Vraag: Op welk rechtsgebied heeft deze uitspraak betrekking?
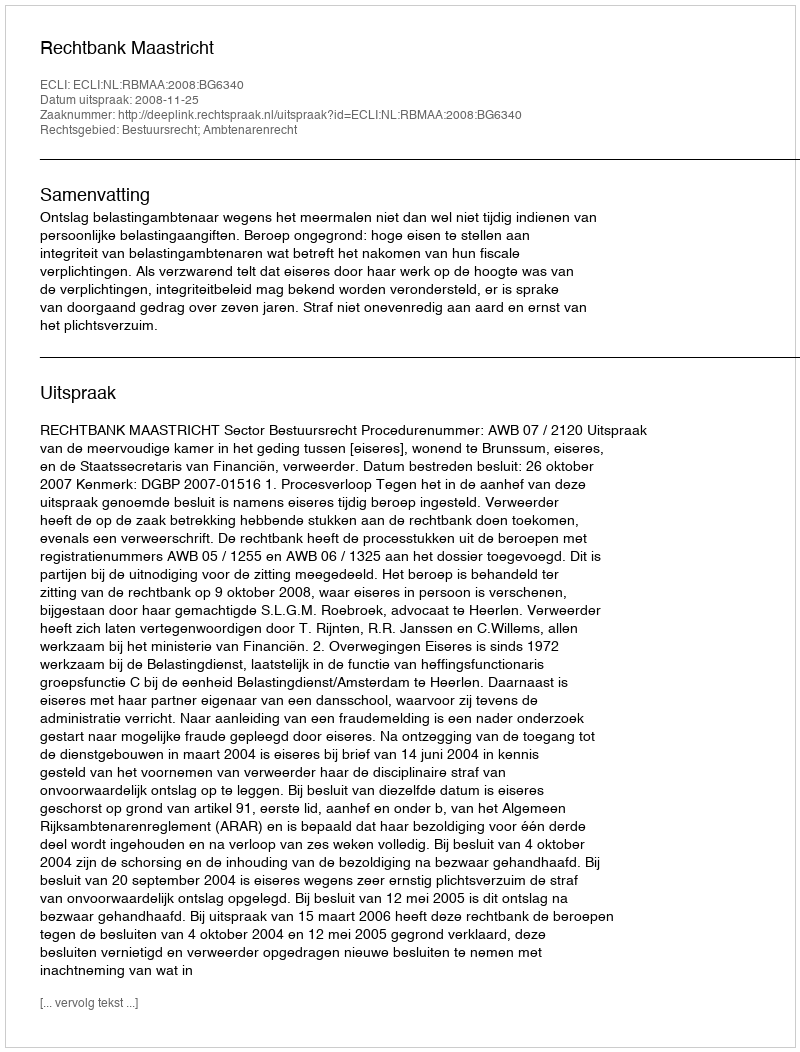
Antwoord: Bestuursrecht; Ambtenarenrecht